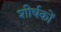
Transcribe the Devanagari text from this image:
शीर्षकाें